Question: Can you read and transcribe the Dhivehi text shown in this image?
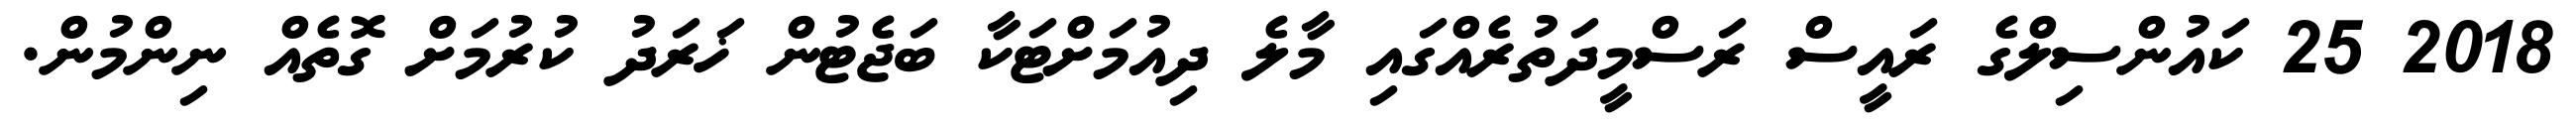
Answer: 2018 25 ކައުންސިލްގެ ރައީސް ރަސްމީދަތުރެއްގައި މާލެ ދިއުމަށްޓަކާ ބަޖެޓުން ޚަރަދު ކުރުމަށް ގޮތެއް ނިންމުން.